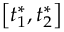
\left[ t _ { 1 } ^ { * } , t _ { 2 } ^ { * } \right]